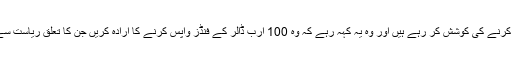
ذرائع کا کہنا تھا کہ سعودی حکام حراست میں لیے گئے افراد سے معاملات طے کرنے کی کوشش کر رہے ہیں اور وہ یہ کہہ رہے کہ وہ 100 ارب ڈالر کے فنڈز واپس کرنے کا ارادہ کریں جن کا تعلق ریاست سے تھا جبکہ بن لادن گروپ کے مستقبل پر بات چیت بھی اس کوشش کا حصہ ہے۔